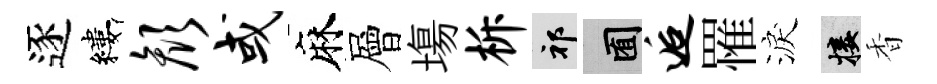
逐縷颜或麻層塲柝祁囿逅罹淚接香